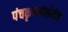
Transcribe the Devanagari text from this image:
पंचकृष्णांखेरीज